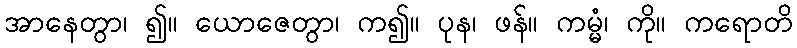
အာနေတွာ၊ ၍။ ယောဇေတွာ၊ က၍။ ပုန၊ ဖန်။ ကမ္မံ၊ ကို။ ကရောတိ